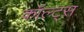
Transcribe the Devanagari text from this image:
कॉल्ट्स